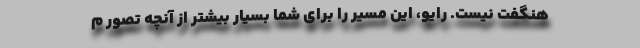
هنگفت نیست. رایو، این مسیر را برای شما بسیار بیشتر از آنچه تصور م